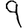
Digit: 9